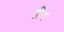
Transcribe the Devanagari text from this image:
ग्रीग